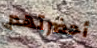
أحضرتهم